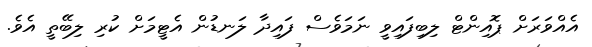
އެއްވަރަށް ޕޮއިންޓް ލިބިފައިވީ ނަމަވެސް ފައިދާ ލަނޑުން އެޓީމަށް ކުރި ލިބޭތީ އެވެ.